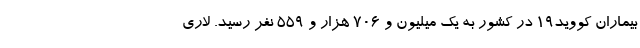
بیماران کووید۱۹ در کشور به یک میلیون و ۷۰۶ هزار و ۵۵۹ نفر رسید. لاری